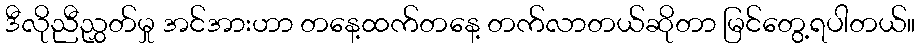
ဒီလိုညီညွှတ်မှု အင်အားဟာ တနေ့ထက်တနေ့ တက်လာတယ်ဆိုတာ မြင်တွေ့ရပါတယ်။